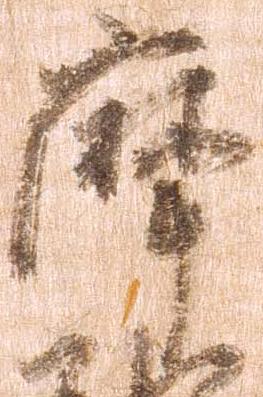
摩